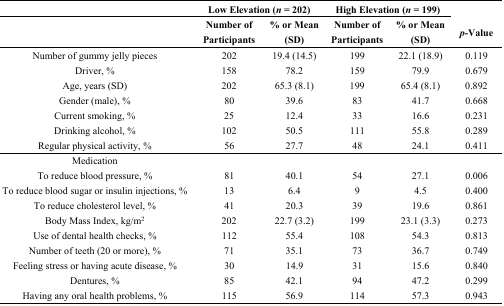
|  | <COLSPAN=2> Low Elevation (n = 202) | <COLSPAN=2> High Elevation (n = 199) |  |
 |  | Number of Participants | % or Mean (SD) | Number of Participants | % or Mean (SD) | p-Value |
 | --- | --- | --- | --- | --- | --- |
 | Number of gummy jelly pieces | 202 | 19.4 (14.5) | 199 | 22.1 (18.9) | 0.119 |
 | Driver, % | 158 | 78.2 | 159 | 79.9 | 0.679 |
 | Age, years (SD) | 202 | 65.3 (8.1) | 199 | 65.4 (8.1) | 0.892 |
 | Gender (male), % | 80 | 39.6 | 83 | 41.7 | 0.668 |
 | Current smoking, % | 25 | 12.4 | 33 | 16.6 | 0.231 |
 | Drinking alcohol, % | 102 | 50.5 | 111 | 55.8 | 0.289 |
 | Regular physical activity, % | 56 | 27.7 | 48 | 24.1 | 0.411 |
 | Medication |  |  |  |  |  |
 | To reduce blood pressure, % | 81 | 40.1 | 54 | 27.1 | 0.006 |
 | To reduce blood sugar or insulin injections, % | 13 | 6.4 | 9 | 4.5 | 0.400 |
 | To reduce cholesterol level, % | 41 | 20.3 | 39 | 19.6 | 0.861 |
 | Body Mass Index, kg/m2 | 202 | 22.7 (3.2) | 199 | 23.1 (3.3) | 0.273 |
 | Use of dental health checks, % | 112 | 55.4 | 108 | 54.3 | 0.813 |
 | Number of teeth (20 or more), % | 71 | 35.1 | 73 | 36.7 | 0.749 |
 | Feeling stress or having acute disease, % | 30 | 14.9 | 31 | 15.6 | 0.840 |
 | Dentures, % | 85 | 42.1 | 94 | 47.2 | 0.299 |
 | Having any oral health problems, % | 115 | 56.9 | 114 | 57.3 | 0.943 |